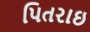
પિતરાઇ